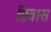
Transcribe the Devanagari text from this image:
प्रिवास